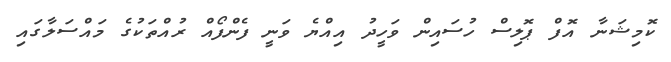
ކޮމިޝަނާ އޮފް ޕޮލިސް ހުސައިން ވަހީދު އިއްޔެ ވަނީ ފެންފޯއް ރުއްތަކުގެ މައްސަލާގައި